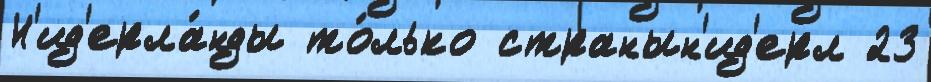
Н'ид'ерла́нды то́лько странын'ид'ерл 23